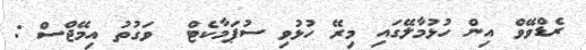
ރެޑްވޭވް އިން ހުޅުމާލޭގައި މިރޭ ހުޅުވި ސުޕަމާކެޓް  ވަގުތު އިމޭޖްސް :